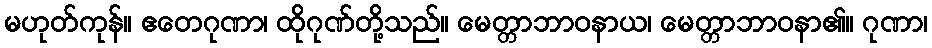
မဟုတ်ကုန်။ ဧတေဂုဏာ၊ ထိုဂုဏ်တို့သည်။ မေတ္တာဘာဝနာယ၊ မေတ္တာဘာဝနာ၏။ ဂုဏာ၊